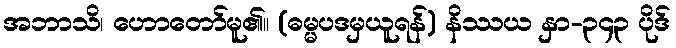
အဘာသိ၊ ဟောတော်မူ၏။ (ဓမ္မပဒမှယူရန်) နိဿယ နှာ-၃၄၃ ပိုဒ်